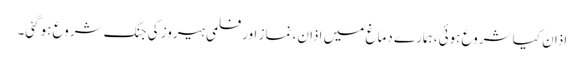
اذان کیا شروع ہوئی، ہمارے دماغ میں اذان، نماز اور فلمی ہیروز کی جنگ شروع ہوگئی۔